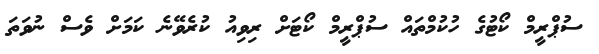
ސުޕްރީމް ކޯޓުގެ ހުކުމްތައް ސުޕްރީމް ކޯޓަށް ރިވިއު ކުރެވޭނެ ކަމަށް ވެސް ނުވަތަ